Enquiry on enteric fever in India - Number 32
Disease focus: Fever
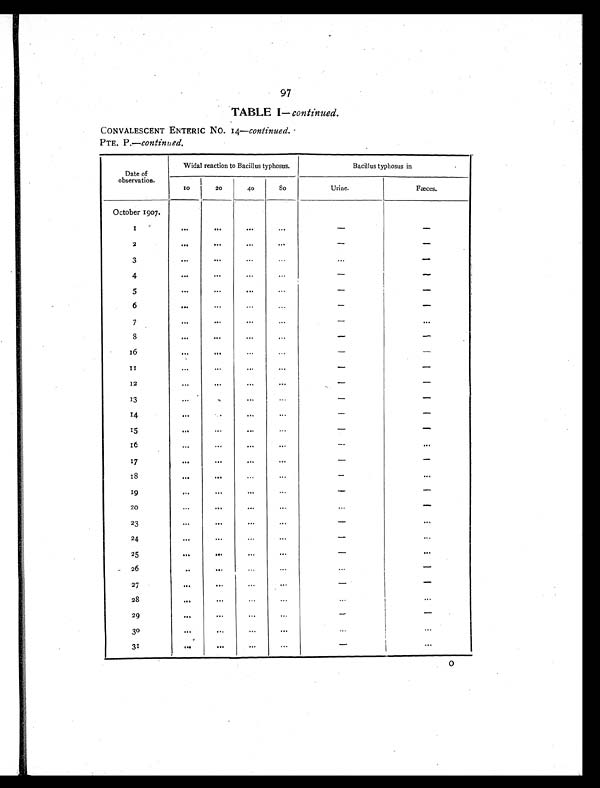
97
TABLE I—continued.
CONVALESCENT ENTERIC No. 14— continued.
PTE. P.—c o n t i n u e d .
Date of
observation.
Widal reaction to Bacillus typhosus.
Bacillus typhosus in
10
20
40
8 0
Urine.
Fæces.
October 1907.
1
. . .
. . .
. . .
...
-
-
2
. . .
. . .
. . .
...
-
-
3
. . .
. . .
. . .
. . .
. . .
-
4
. . .
...
. . .
. . .
-
-
5
. . .
...
...
. . .
-
-
6
. . .
. . .
. . .
...
-
-
7
...
...
..
.
...
-
...
8
. . .
. . .
. . .
...
-
-
16
. . .
...
. . .
. . .
-
-
1 1 ...
. . .
. . .
...
-
-
12
. . .
...
...
. . .
-
-
13
. . .
. . . .
. . .
...
-
-
14
. . .
... ...
. . .
-
-
15
. . .
. . .
. . .
...
-
-
16
. . .
. . .
. . .
. . .
-
. . .
17
. . .
. . .
. . .
...
-
-
18
. . .
. . .
. . .
. . .
-
-
19
...
...
...
. . .
-
-
20
. . .
. . .
. . .
. . .
. . .
-
23
. . .
. . .
. . .
. . .
-
. . .
24
. . .
. . .
. . .
...
-
. . .
25
. . .
. . .
. . .
...
-
. . .
26
. . .
. .
.
. . .
. . .
. . .
-
27
. . .
. . . . . .
. . .
-
-
28
. . .
. . . . . .
. . .
. . .
. . .
29
...
...
. . .
. . .
-
-
30
. . .
...
. . .
...
. . .
. . .
31
. . .
. . . . . .
. . .
-
. . .
O